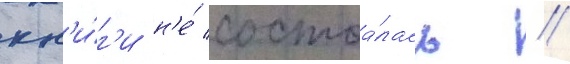
кн'и́г'и н'е́ состоа́лась //